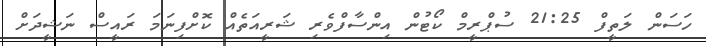
ހަސަން ލަތީފް 21:25 ސުޕްރީމް ކޯޓުން އިންސާފްވެރި ޝަރީއަތެއް ކޮށްފިނަމަ ރައީސް ނަޝީދަށް